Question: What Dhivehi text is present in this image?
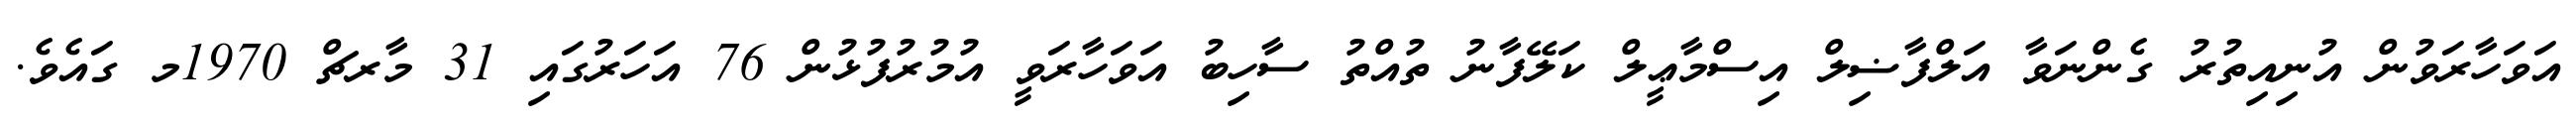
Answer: އަވަހާރަވުން އުނިއިތުރު ގެންނަވާ އަލްފާޟިލް އިސްމާޢީލް ކަލޭފާނު ތުއްތު ސާހިބު އަވަހާރަވީ އުމުރުފުޅުން 76 އަހަރުގައި 31 މާރޗް 1970މ ގައެވެ.